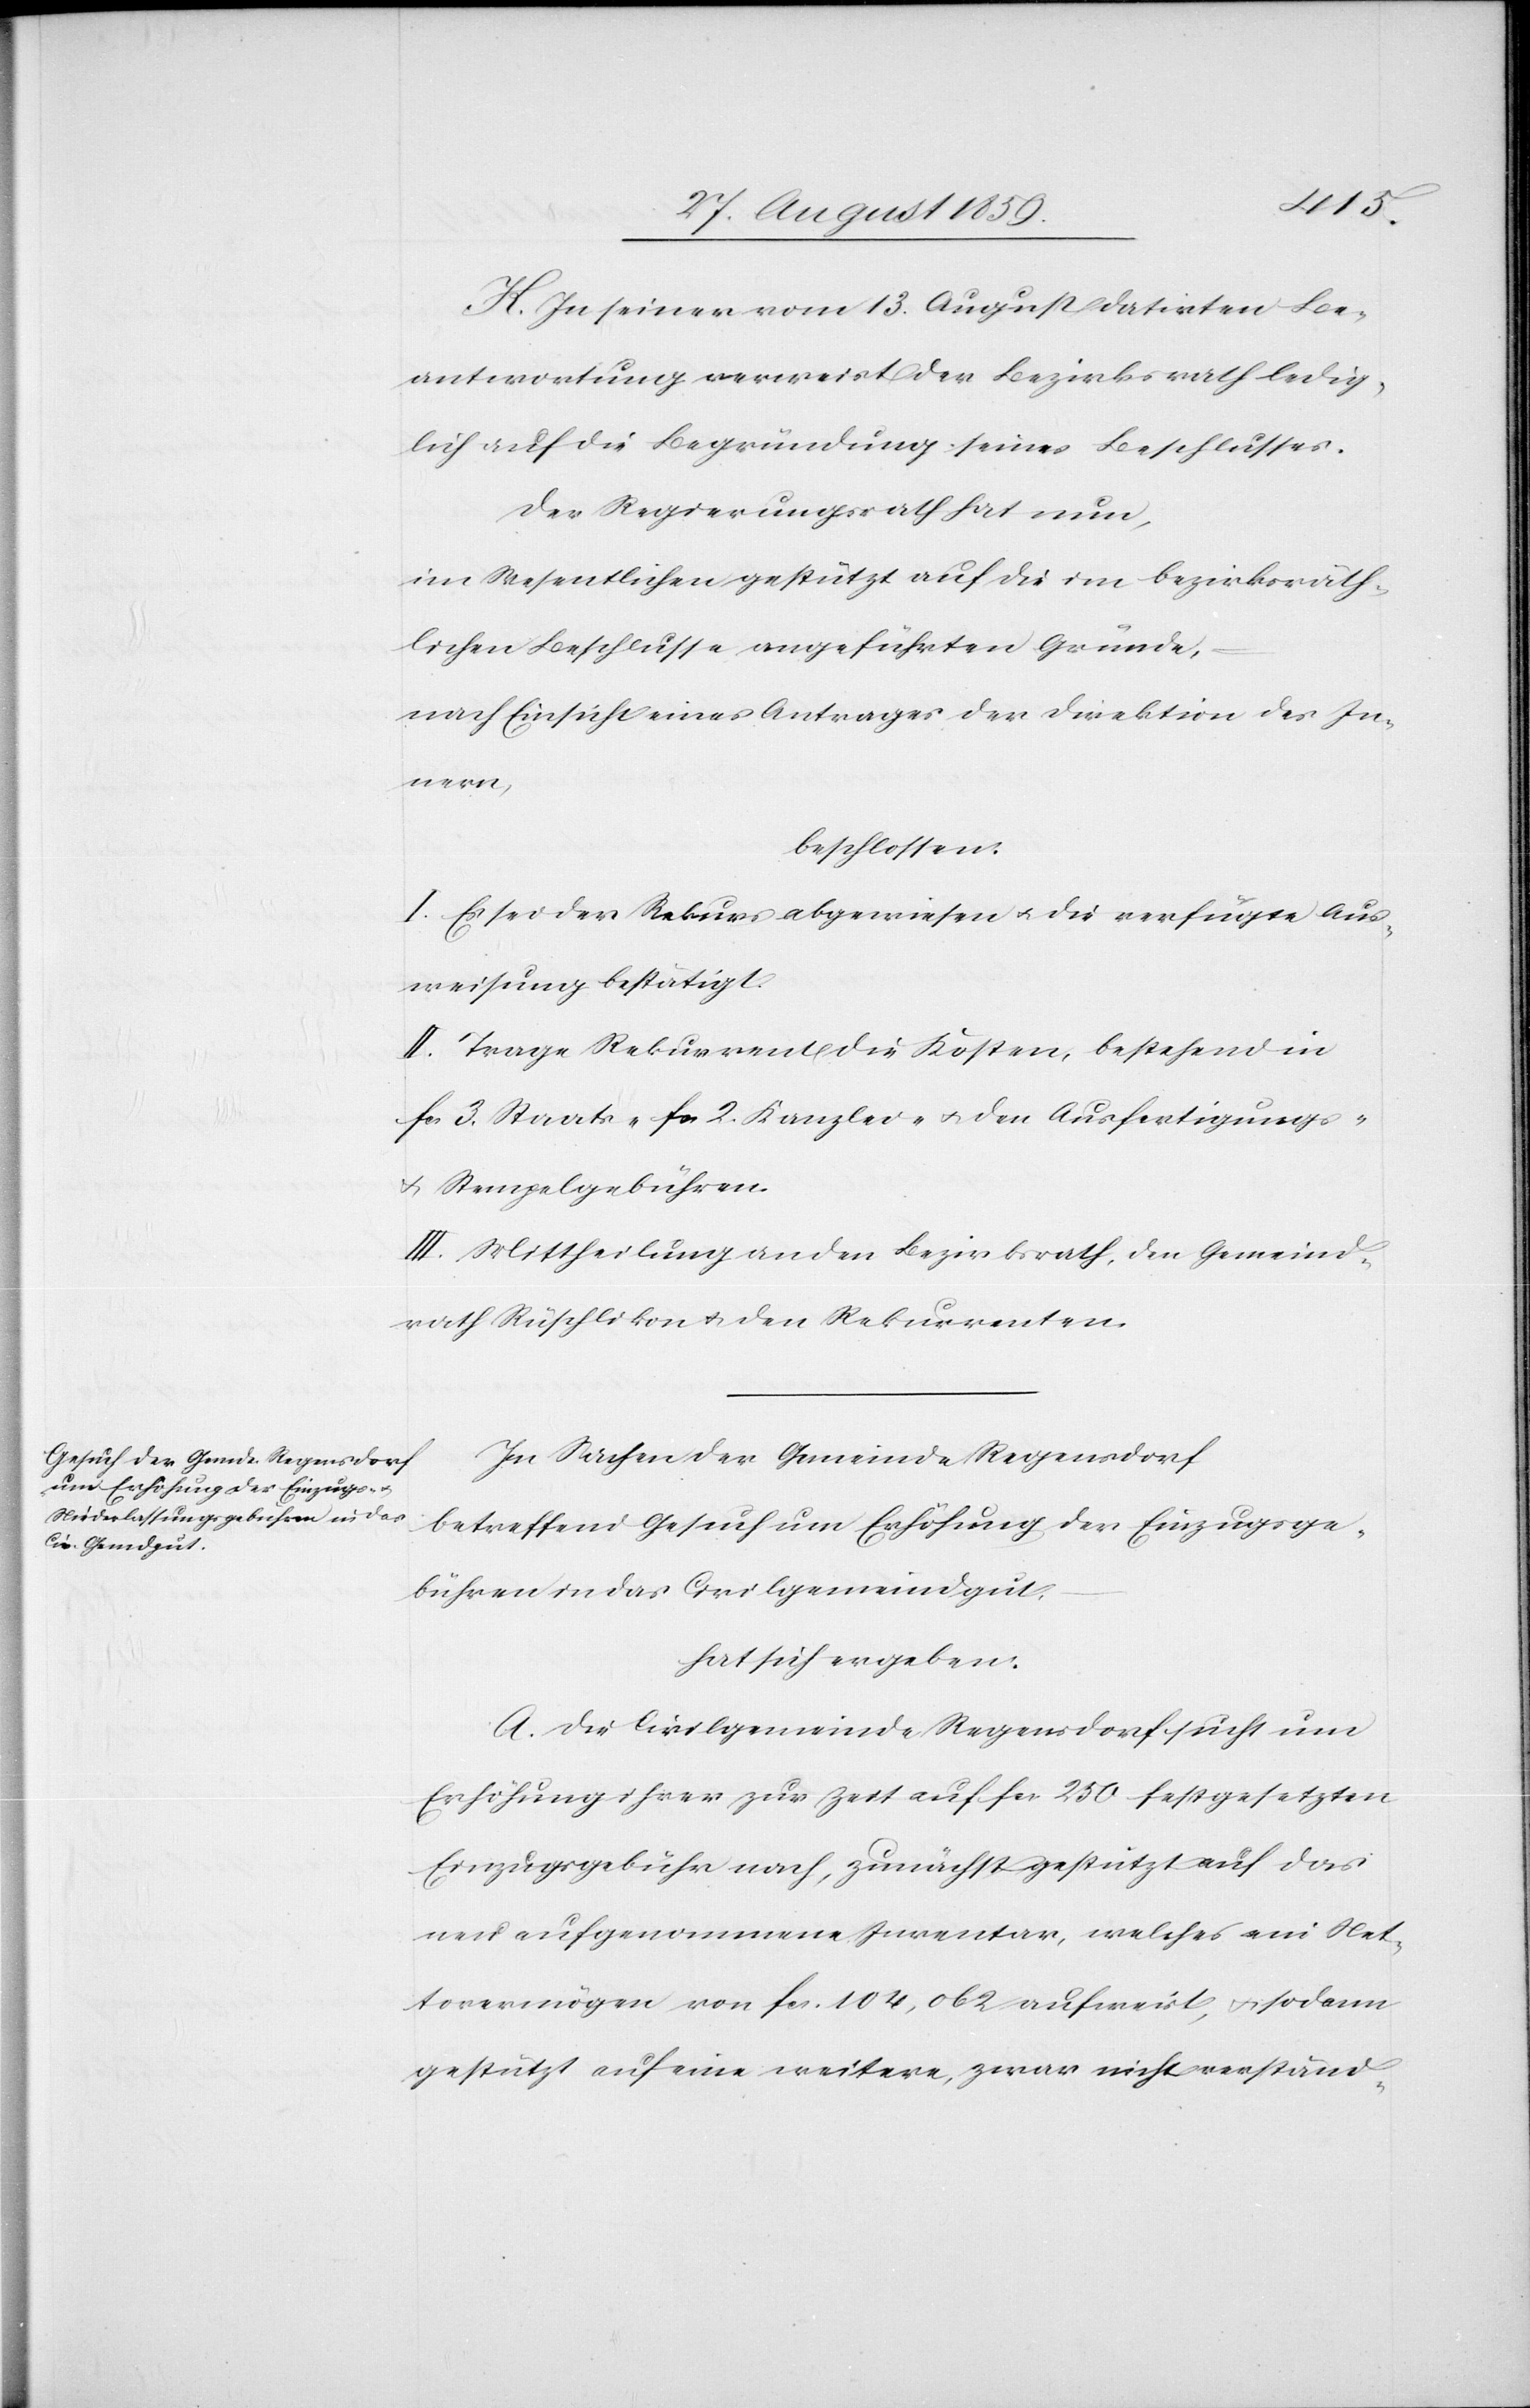
K. In seiner vom 13. August datirten Be¬
antwortung verweist der Bezirksrath ledig¬
lich auf die Begründung seines Beschlusses.
Der Regierungsrath hat nun,
im Wesentlichen gestützt auf die im bezirksräth¬
lichen Beschlusse angeführten Gründe,
nach Einsicht eines Antrages der Direktion des In¬
nern,
beschlossen:
I. Es sei der Rekurs abgewiesen & die verfügte Aus¬
weisung bestätigt.
II. Trage Rekurrent die Kosten, bestehend in
fcs. 3. Staats- fcs. 2. Kanzlei- & den Ausfertigungs-
& Stempelgebühren.
III. Mittheilung an den Bezirksrath, den Gemeind¬
rath Rüschlikon & den Rekurrenten.
In Sachen der Gemeinde Regensdorf
betreffend Gesuch um Erhöhung der Einzugsge¬
bühren in das Civilgemeindgut
hat sich ergeben:
A. Die Civilgemeinde Regensdorf sucht um
Erhöhung ihrer zur Zeit auf fcs. 250 festgesetzten
Einzugsgebühr nach, zunächst gestützt auf das
neu aufgenommene Inventar, welches ein Net¬
tovermögen von fcs. 104,062 aufweist, & sodann
gestützt auf eine weitere, zwar nicht verständ-